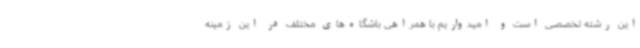
این رشته تخصصی است و امیدواریم با همراهی باشگاه‌های مختلف در این زمینه